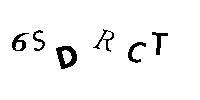
6SDRCT